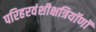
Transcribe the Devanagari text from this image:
परिहरवंशीक्षत्रियॉणॉ